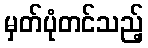
မှတ်ပုံတင်သည့်